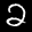
Label: 2